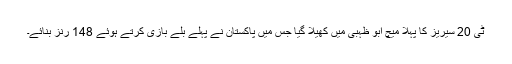
ٹی 20 سیریز کا پہلا میچ ابو ظہبی میں کھیلا گیا جس میں پاکستان نے پہلے بلے بازی کرتے ہوئے 148 رنز بنائے۔